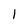
Character: 1